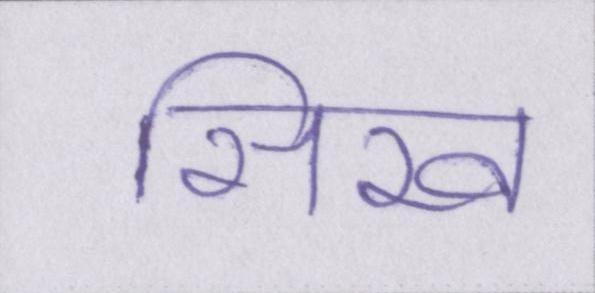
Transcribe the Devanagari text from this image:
सिख